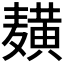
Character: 𱋫